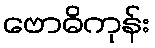
ဗောဓိကုန်း